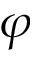
\varphi